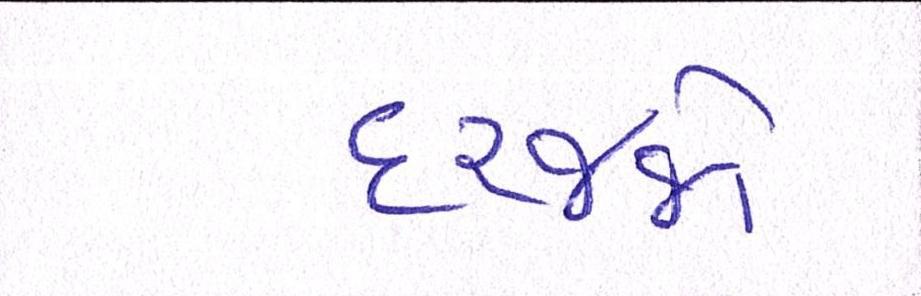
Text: દરજ્જો